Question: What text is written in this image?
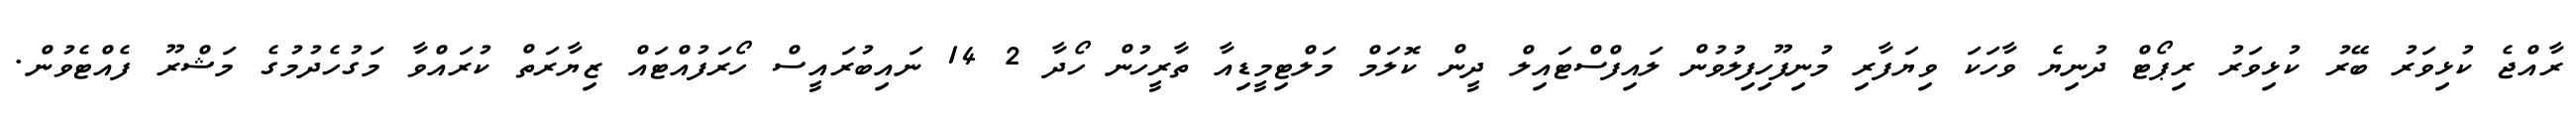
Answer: ރާއްޖެ ކުޅިވަރު ބޭރު ކުޅިވަރު ރިޕޯޓް ދުނިޔެ ވާހަކަ ވިޔަފާރި މުނިފޫހިފިލުވުން ލައިފްސްޓައިލް ދީން ކޮލަމް މަލްޓިމީޑިއާ ތާރީހުން ހޯދާ 2 14 ނައިބުރައީސް ހޯރަފުއްޓައް ޒިޔާރަތް ކުރައްވާ މަގުހެދުމުގެ މަޝްރޫ ފެއްޓެވުން.